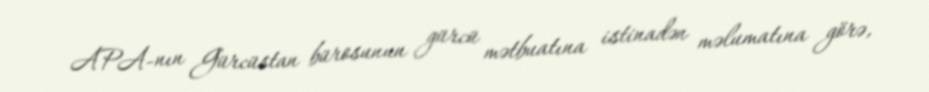
APA-nın Gürcüstan bürosunun gürcü mətbuatına istinadən məlumatına görə,